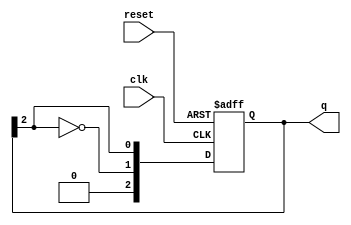
module johnson_counter (
    input wire clk,       // Clock input
    input wire reset,     // Asynchronous reset
    output reg [n-1:0] q  // Counter output
);
    parameter n = 3;      // Number of flip-flops, can be changed as needed

    always @(posedge clk or posedge reset) begin
        if (reset) begin
            q <= 0;       // Reset the counter to 0
        end else begin
            q <= {~q[n-1], q[n-1:n-1]}; // Shift and feedback the inverted last bit
        end
    end
endmodule